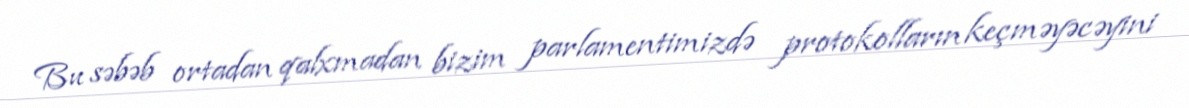
Bu səbəb ortadan qalxmadan bizim parlamentimizdə protokolların keçməyəcəyini